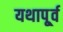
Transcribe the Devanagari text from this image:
यथापू्र्व